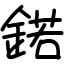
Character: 鍩